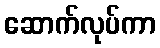
ဆောက်လုပ်ကာ